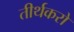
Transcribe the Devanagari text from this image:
तीर्थकरो